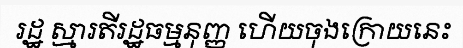
រដ្ឋ ស្មារតីរដ្ឋធម្មនុញ្ញ ហើយចុងក្រោយនេះ